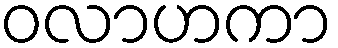
ဝလာဟကာ